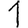
Digit: 1